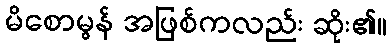
မိစောမွန် အဖြစ်ကလည်း ဆိုး၏။